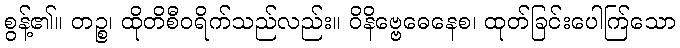
စွန့်၏။ တဉ္စ၊ ထိုတိစီဝရိက်သည်လည်း။ ဝိနိဗ္ဗေဓေနေစ၊ ထုတ်ခြင်းပေါက်ြသော